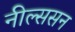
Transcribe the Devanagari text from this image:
नील्ससन